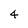
Character: 4